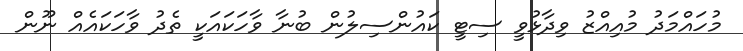
މުހައްމަދު މުއިއްޒު ވިދާޅުވީ ސިޓީ ކައުންސިލުން ބުނާ ވާހަކައަކީ ތެދު ވާހަކައެއް ނޫން